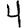
Digit: 4